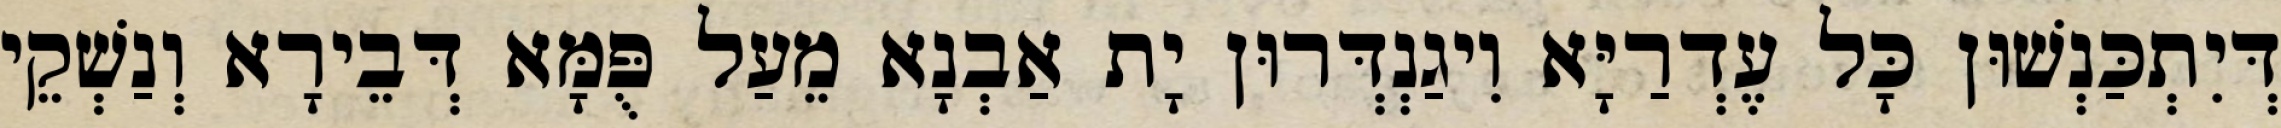
דְּיִתְכַּנְשׁוּן כָּל עֶדְרַיָּא וִיגַנְדְּרוּן יָת אַבְנָא מֵעַל פֻּמָּא דְּבֵירָא וְנַשְׁקֵי